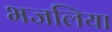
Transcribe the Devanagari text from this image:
भजलिया